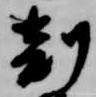
剋